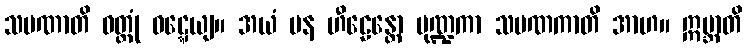
သမဏာတိ ဝတ္တုံ ဝဋ္ဋေယျ။ အယံ ပန ဟီဠေန္တော မုဏ္ဍကာ သမဏကာတိ အာဟ။ ဣဗ္ဘာတိ